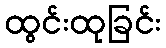
ထွင်းထုခြင်း